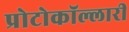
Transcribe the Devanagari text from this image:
प्रोटोकॉल्लारी